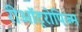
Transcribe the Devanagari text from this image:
रीऑट्रोपिज्म